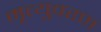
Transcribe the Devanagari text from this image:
मृत्युवरण